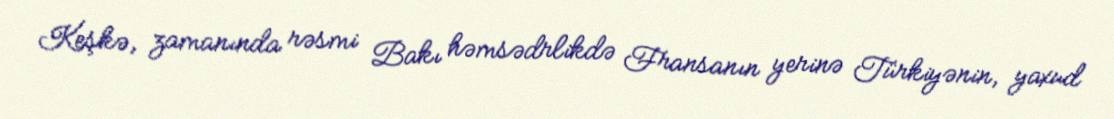
Keşkə, zamanında rəsmi Bakı həmsədrlikdə Fransanın yerinə Türkiyənin, yaxud